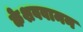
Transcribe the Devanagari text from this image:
केशववामन